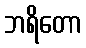
ဘရိတော